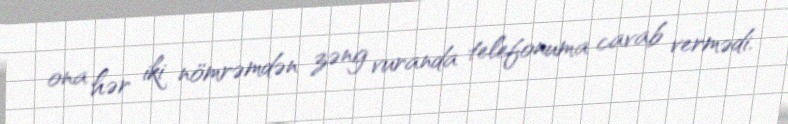
ona hər iki nömrəmdən zəng vuranda telefonuma cavab vermədi.